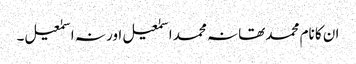
ان کا نام محمد تھا نہ محمد اسمٰعیل اور نہ اسمٰعیل۔